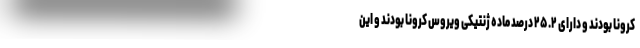
کرونا بودند و دارای ۲۵.۲ درصد ماده ژنتیکی ویروس کرونا بودند و این